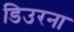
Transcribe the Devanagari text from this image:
डिउरना